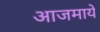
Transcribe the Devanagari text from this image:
आजमाये